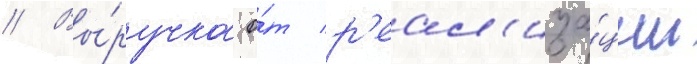
// Вы́ручка о́т р'еал'иза́ции